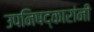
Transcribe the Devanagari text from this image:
उपनिषद्‌कारांनी